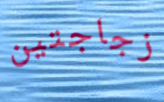
زجاجتين